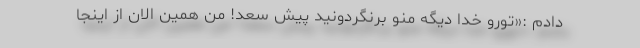
دادم :«تورو خدا دیگه منو برنگردونید پیش سعد! من همین الان از اینجا